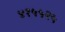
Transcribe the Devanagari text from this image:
४१५५२५